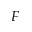
F